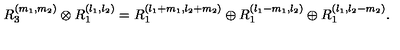
R _ { 3 } ^ { ( m _ { 1 } , m _ { 2 } ) } \otimes R _ { 1 } ^ { ( l _ { 1 } , l _ { 2 } ) } = R _ { 1 } ^ { ( l _ { 1 } + m _ { 1 } , l _ { 2 } + m _ { 2 } ) } \oplus R _ { 1 } ^ { ( l _ { 1 } - m _ { 1 } , l _ { 2 } ) } \oplus R _ { 1 } ^ { ( l _ { 1 } , l _ { 2 } - m _ { 2 } ) } .